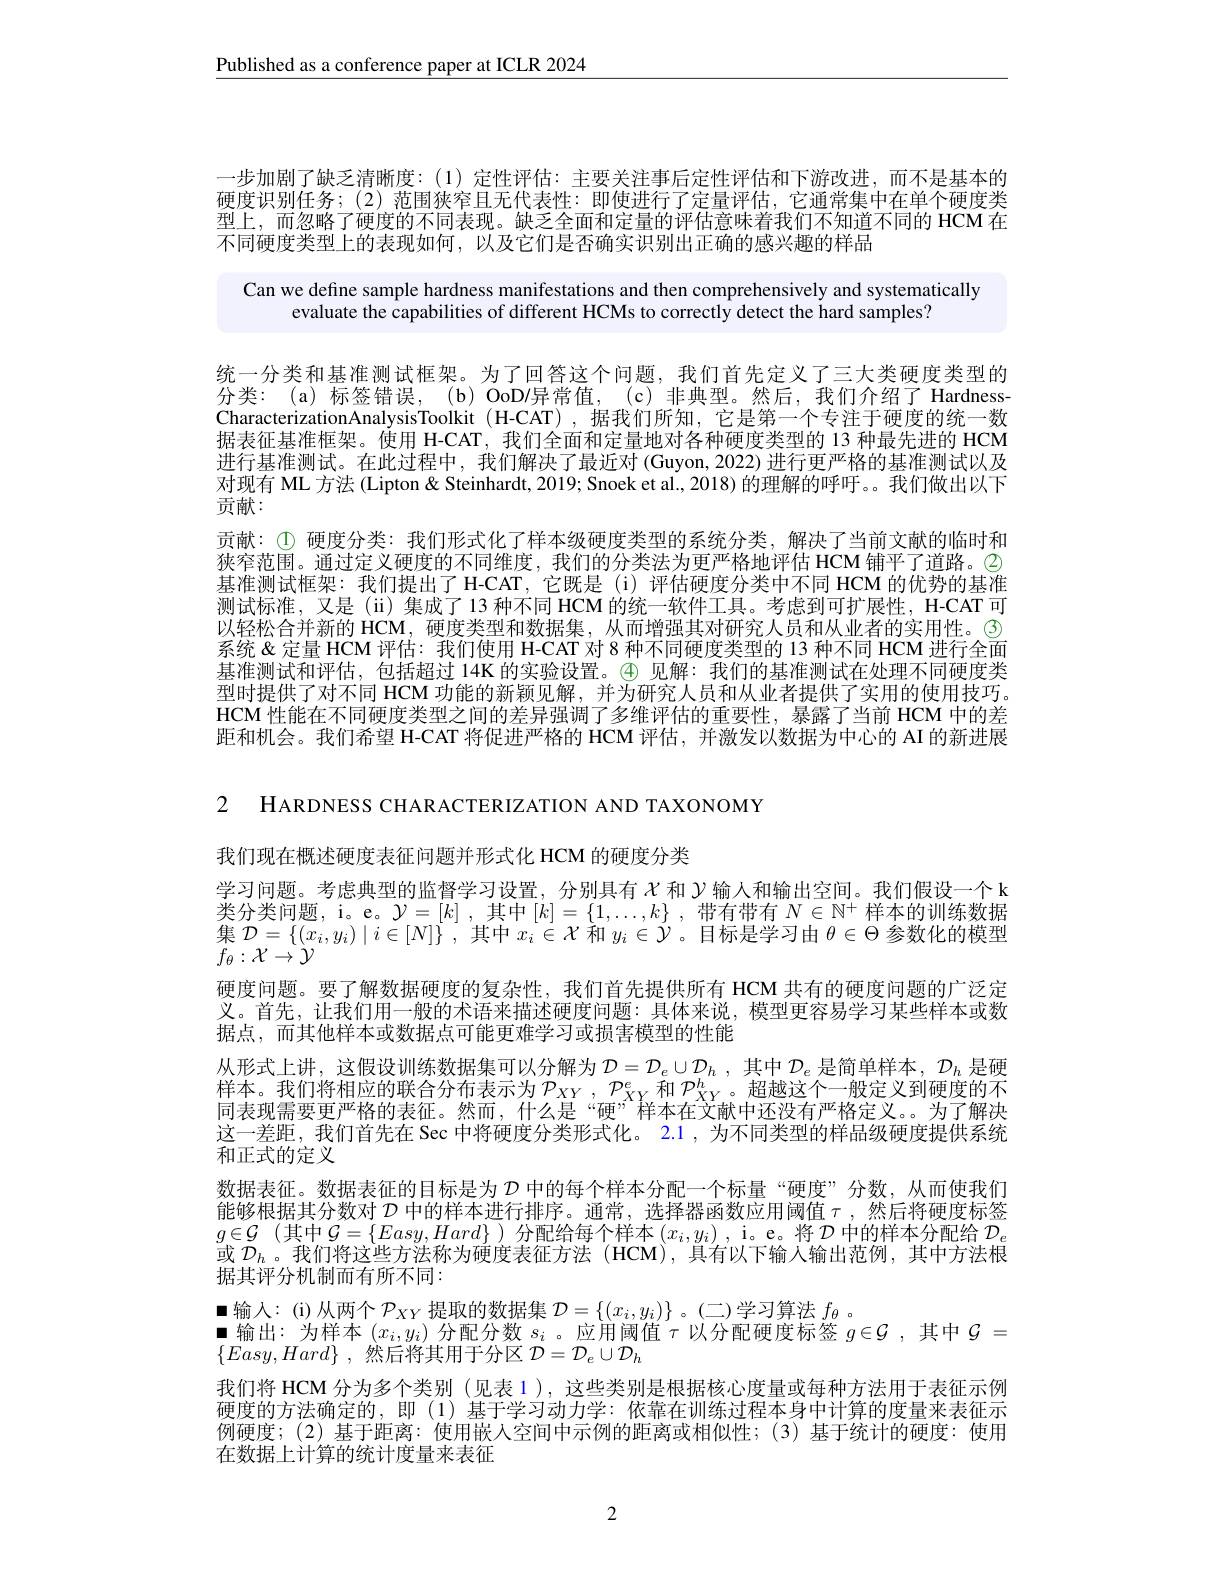
$\underline{\text{Published as a conference paper at ICLR 2024}}$

一步加剧了缺乏清晰度：(1)定性评估：主要关注事后定性评估和下游改进，而不是基本的硬度识别任务；(2)范围狭窄且无代表性：即使进行了定量评估，它通常集中在单个硬度类型上，而忽略了硬度的不同表现。缺乏全面和定量的评估意味着我们不知道不同的 HCM 在不同使度类型上的表现如何，以及它们是否确实识别出正确的感兴趣的样品

Can we define sample hardness manifestations and then comprehensively and systematically
evaluate the capabilities of different HCMs to correctly detect the hard samples?

统一分类和基准测试框架。为了回答这个问题，我们首先定义了三大类硬度类型的分类：(a) 标签错误，(b) OoD/异常值，(c)非典型。然后，我们介绍了 Hardness CharacterizationAnalysisToolkit (H-CAT),据我们所知，它是第一个专注于硬度的统一数据表征基准框架。使用 H-CAT, 我们全面和定量地对各种硬度类型的 13 种最先进的 HCM 进行基准测试。在此过程中，我们解决了最近对(Guyon,2022) 进行更严格的基准测试以及对现有 ML 方法 (Lipton& Steinhardt, 2019; Snoek et al., 2018) 的理解的呼吁。。我们做出以下贡献：
贡献：$\textcircled D 硬度分类：我们形式化了样本级硬度类型的系统分类，解决了当前文献的临时和$ 狭窄范围。通过定义硬度的不同维度，我们的分类法为更严格地评估 HCM 铺平了道路。$\textcircled{2}$ 基准测试框架：我们提出了H-CAT,它既是(i)评估硬度分类中不同 HCM 的优势的基准测试标准，又是(ii)集成了13 种不同 HCM 的统一软件工具。考虑到可扩展性，H-CAT 可以轻松合并新的 HCM, 硬度类型和数据集，从而增强其对研究人员和从业者的实用性。\textcircled{3} 系统 &定量 HCM 评估：我们使用 H-CAT 对 8 种不同硬度类型的 13 种不同 HCM 进行全面基准测试和评估，包括超过 14K 的实验设置。(4)见解：我们的基准测试在处理不同硬度类型时提供了对不同 HCM 功能的新颖见解，并为研究人员和从业者提供了实用的使用技巧。HCM 性能在不同硬度类型之间的差异强调了多维评估的重要性，暴露了当前 HCM 中的差距和机会。我们希望 H-CAT 将促进严格的 HCM 评估，并激发以数据为中心的 AI 的新进展

: HARDNESS CHARACTERIZATION AND TAXONOMY

我们现在概述硬度表征问题并形式化 HCM 的硬度分类
学习问题。考虑典型的监督学习设置，分别具有$\chi$ 和 $\gamma$输入和输出空间。我们假设一个 k 类分类问题，i。e。$\mathcal{Y}=[k]$ ,其中$[k]=\{1,\ldots,k\}$ ,带有带有 $N\in\mathbb{N}^+$ 样本的训练数据集$\mathcal{D}=\{(x_i,y_i)\mid i\in[N]\}$ ,其中$x_i\in\mathcal{X}$和$y_i\in\mathcal{Y}$ 。目标是学习由$\theta\in\Theta$参数化的模型$f_{\theta}:\mathcal{X}\to\mathcal{Y}$
硬度问题。要了解数据硬度的复杂性，我们首先提供所有 HCM 共有的硬度问题的广泛定义。首先，让我们用一般的术语来描述硬度问题：具体来说，模型更容易学习某些样本或数据点，而其他样本或数据点可能更难学习或损害模型的性能
从形式上讲，这假设训练数据集可以分解为$\mathcal{D}=\mathcal{D}_e\cup\mathcal{D}_h$,其中$\mathcal{D}_e$是简单样本，$\mathcal{D}_h$是硬样本。我们将相应的联合分布表示为$\mathcal{P}_XY,\mathcal{P}_{XY}^e$和$\mathcal{P}_XY^h$。超越这个一般定义到硬度的不同表现需要更严格的表征。然而，什么是“硬”样本在文献中还没有严格定义。为了解决这一差距，我们首先在 Sec 中将硬度分类形式化。2.1 , 为不同类型的样品级硬度提供系统和正式的定义
数据表征。数据表征的目标是为$\mathcal{D}$中的每个样本分配一个标量“硬度”分数，从而使我们能够根据其分数对$\mathcal{D}$中的样本进行排序。通常，选择器函数应用阈值$\tau$ ,然后将硬度标签$g\in \mathcal{G}$ (其中$\mathcal{G}=\{Easy,Hard\}$ )分配给每个样本$\left(x_i,y_i\right)$, i。e。将$\mathcal{D}$中的样本分配给$\mathcal{D}_\epsilon$ 或$\mathcal{D}_h$ 。我们将这些方法称为硬度表征方法 (HCM),具有以下输入输出范例，其中方法根据其评分机制而有所不同：
$\blacksquare$输入：(i)从两个$\mathcal{P}_XY$提取的数据集 $\mathcal{D}=\{(x_i,y_i)\}$。(二)学习算法 $f_\theta$ 。
$\blacksquare$输出：为样本$(x_i,y_i)$分配分数$s_i$ 。应用阈值$\tau$以分配硬度标签$g\in\mathcal{G}$ ,其中$\mathcal{G}=$
$\{ Easy, Hard\}$ , 然后将其用于分区 $\mathcal{D}=\mathcal{D}_e\cup\mathcal{D}_h$
我们将 HCM 分为多个类别 (见表 1),这些类别是根据核心度量或每种方法用于表征示例硬度的方法确定的，即(1)基于学习动力学：依靠在训练过程本身中计算的度量来表征示例硬度；(2)基于距离：使用嵌人空间中示例的距离或相似性；(3)基于统计的硬度：使用在数据上计算的统计度量来表征

2